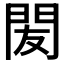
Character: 𨳧